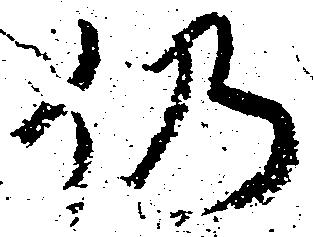
仍